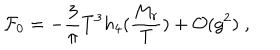
LaTeX: { \cal F } _ { 0 } = - \frac { 3 } { \pi } T ^ { 3 } h _ { 4 } ( \frac { M _ { r } } { T } ) + { \cal O } ( g ^ { 2 } ) \; ,